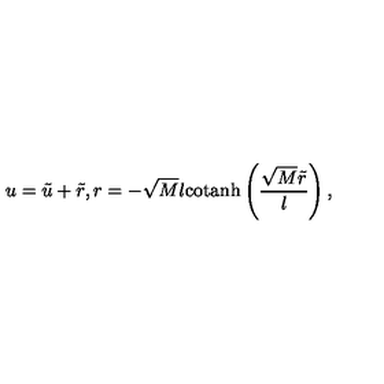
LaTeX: u = \tilde { u } + \tilde { r } , r = - \sqrt { M } l \mathrm { c o t a n h } \left( \frac { \sqrt { M } \tilde { r } } { l } \right) ,